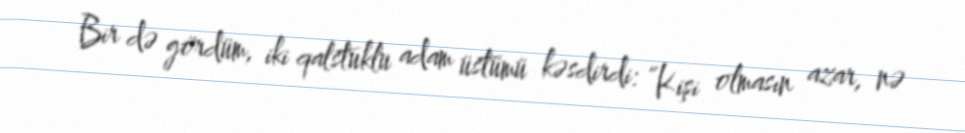
Bir də gördüm, iki qalstuklu adam üstümü kəsdirdi: “Kişi olmasın azar, nə